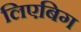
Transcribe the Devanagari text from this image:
लिएबिग